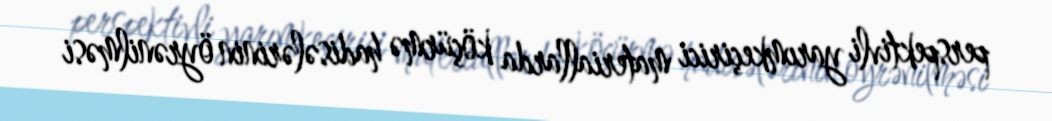
perspektivli yarımkeçirici materiallarda köçürmə hadisələrinin öyrənilməsi